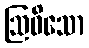
ဩဓိသော